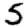
Digit: 5